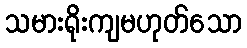
သမားရိုးကျမဟုတ်သော